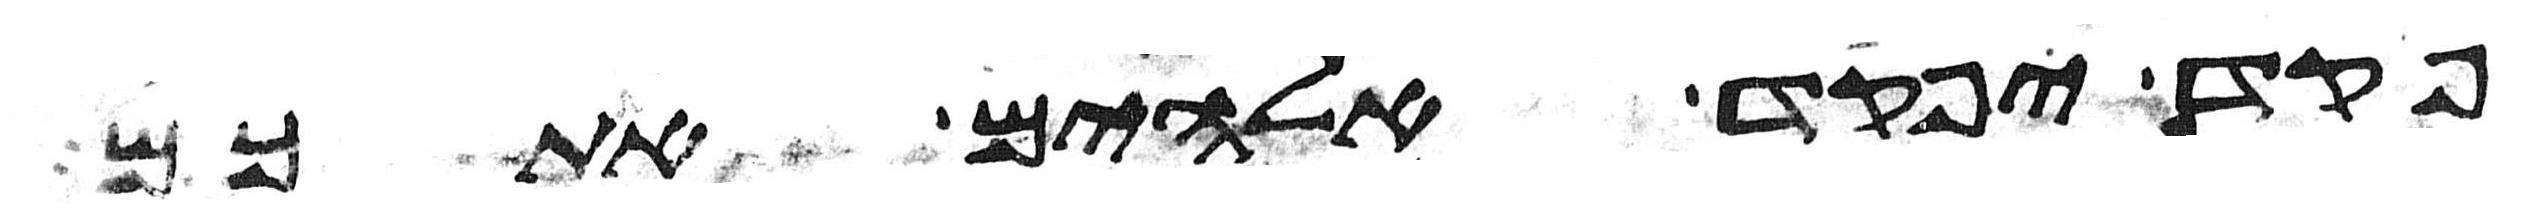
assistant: פקד יפקד אלהים אתכם